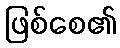
ဖြစ်စေ၏